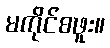
မကိုင်စဖူး။